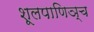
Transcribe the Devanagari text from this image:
शूलपाणिञ्च